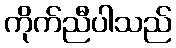
ကိုက်ညီပါသည်